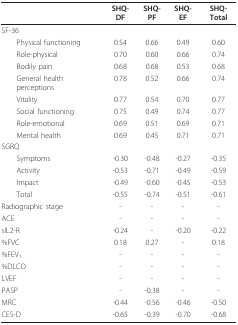
<table><thead><tr><td></td><td><b>SHQ-DF</b></td><td><b>SHQ-PF</b></td><td><b>SHQ-EF</b></td><td><b>SHQ-Total</b></td></tr></thead><tbody><tr><td>SF-36</td><td></td><td></td><td></td><td></td></tr><tr><td> Physical functioning</td><td>0.54</td><td>0.66</td><td>0.49</td><td>0.60</td></tr><tr><td> Role-physical</td><td>0.70</td><td>0.60</td><td>0.66</td><td>0.74</td></tr><tr><td> Bodily pain</td><td>0.68</td><td>0.68</td><td>0.53</td><td>0.68</td></tr><tr><td> General health perceptions</td><td>0.78</td><td>0.52</td><td>0.66</td><td>0.74</td></tr><tr><td> Vitality</td><td>0.77</td><td>0.54</td><td>0.70</td><td>0.77</td></tr><tr><td> Social functioning</td><td>0.75</td><td>0.49</td><td>0.74</td><td>0.77</td></tr><tr><td> Role-emotional</td><td>0.69</td><td>0.51</td><td>0.69</td><td>0.71</td></tr><tr><td> Mental health</td><td>0.69</td><td>0.45</td><td>0.71</td><td>0.71</td></tr><tr><td>SGRQ</td><td></td><td></td><td></td><td></td></tr><tr><td> Symptoms</td><td>-0.30</td><td>-0.48</td><td>-0.27</td><td>-0.35</td></tr><tr><td> Activity</td><td>-0.53</td><td>-0.71</td><td>-0.49</td><td>-0.59</td></tr><tr><td> Impact</td><td>-0.49</td><td>-0.60</td><td>-0.45</td><td>-0.53</td></tr><tr><td> Total</td><td>-0.55</td><td>-0.74</td><td>-0.51</td><td>-0.61</td></tr><tr><td>Radiographic stage</td><td>-</td><td>-</td><td>-</td><td>-</td></tr><tr><td>ACE</td><td>-</td><td>-</td><td>-</td><td>-</td></tr><tr><td>sIL2-R</td><td>-0.24</td><td>-</td><td>-0.20</td><td>-0.22</td></tr><tr><td>%FVC</td><td>0.18</td><td>0.27</td><td>-</td><td>0.18</td></tr><tr><td>%FEV<sub>1</sub></td><td>-</td><td>-</td><td>-</td><td>-</td></tr><tr><td>%DLCO</td><td>-</td><td>-</td><td>-</td><td>-</td></tr><tr><td>LVEF</td><td>-</td><td>-</td><td>-</td><td>-</td></tr><tr><td>PASP</td><td>-</td><td>-0.38</td><td>-</td><td>-</td></tr><tr><td>MRC</td><td>-0.44</td><td>-0.56</td><td>-0.46</td><td>-0.50</td></tr><tr><td>CES-D</td><td>-0.65</td><td>-0.39</td><td>-0.70</td><td>-0.68</td></tr></tbody></table>